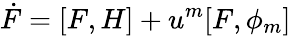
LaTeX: \dot{F}=[F,H]+u^{m}[F,\phi_{m}]